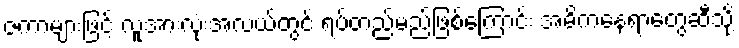
ဇကာများဖြင့် လူအားလုံးအလယ်တွင် ရပ်တည်မည်ဖြစ်ကြောင်း အဓိကနေရာတွေဆီသို့